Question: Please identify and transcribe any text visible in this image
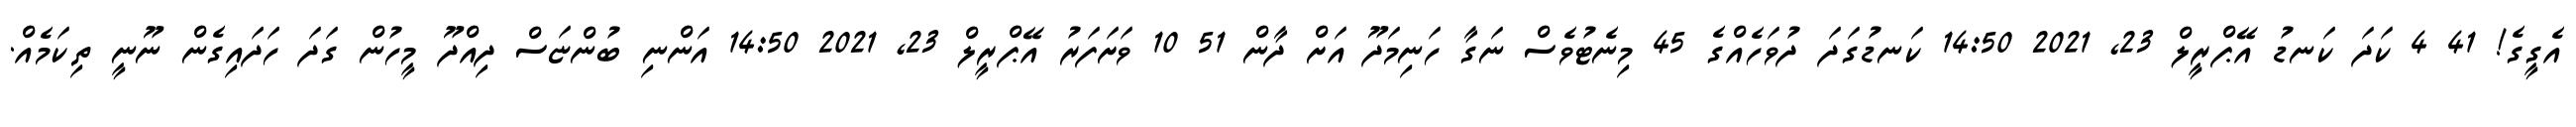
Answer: އެގީގެ! 41 4 ކަދަ ކަނޑު އޭޕްރީލް 23, 2021 14:50 ކަނޑުގަދަ ދުވަހެއްގެ 45 މިނެޓުވެސް ނަގާ ހަނިމަދޫ އަށް ދާން 51 10 ވަށަފަރު އޭޕްރީލް 23, 2021 14:50 އަންނި ބުންޏަސް ދިއްދޫ މީހުން ގަދަ ހަދައިގެން ނޫނީ ތިކަމެއް.